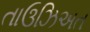
તાઉઝિઅત